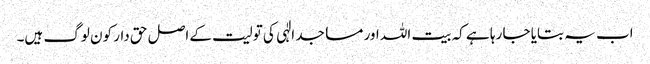
اب یہ بتایا جا رہا ہے کہ بیت اللہ اور مساجد الٰہی کی تولیت کے اصل حق دار کون لوگ ہیں۔